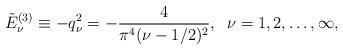
LaTeX: \begin{align*}\tilde{E}^{(3)}_\nu\equiv -q_\nu^2=-\frac{4}{\pi^4(\nu-1/2)^2},\;\;\nu=1,2,\ldots,\infty,\end{align*}